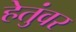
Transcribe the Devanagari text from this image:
हेतुंवर